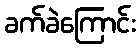
ခက်ခဲကြောင်း